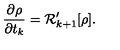
{ \frac { \partial \rho } { \partial t _ { k } } } = { \cal R } _ { k + 1 } ^ { \prime } [ \rho ] .